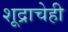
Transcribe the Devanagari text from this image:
शूद्राचेही